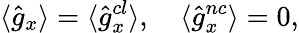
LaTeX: \langle\hat{g}_{x}\rangle=\langle\hat{g}_{x}^{cl}\rangle,~~~~\langle\hat{g}_{x}^{nc}\rangle=0,